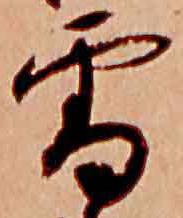
雪